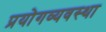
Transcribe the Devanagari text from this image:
प्रयोगव्यवस्था